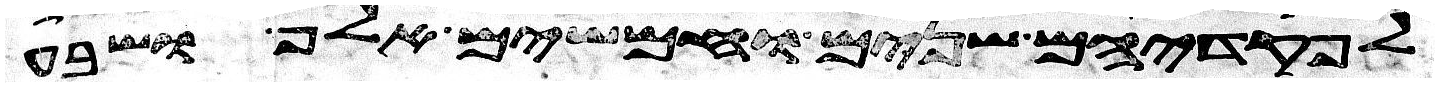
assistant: לפקדיהם שנים וחמשים אלף ושבע